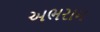
અભરામ